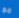
مع